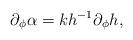
LaTeX: \begin{align*}\partial_\phi\alpha=k h^{-1} \partial_\phi h,\end{align*}